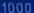
1000